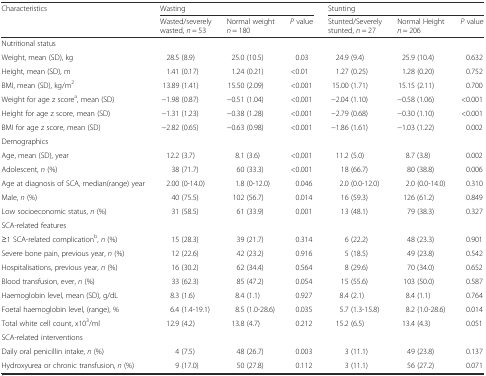
<table><thead><tr><td rowspan="2"><b>Characteristics</b></td><td colspan="3"><b>Wasting</b></td><td colspan="3"><b>Stunting</b></td></tr><tr><td><b>Wasted/severely wasted, <i>n</i> = 53</b></td><td><b>Normal weight <i>n</i> = 180</b></td><td><b><i>P</i> value</b></td><td><b>Stunted/Severely stunted, <i>n</i> = 27</b></td><td><b>Normal Height <i>n</i> = 206</b></td><td><b><i>P</i> value</b></td></tr></thead><tbody><tr><td>Nutritional status</td><td></td><td></td><td></td><td></td><td></td><td></td></tr><tr><td>Weight, mean (SD), kg</td><td>28.5 (8.9)</td><td>25.0 (10.5)</td><td>0.03</td><td>24.9 (9.4)</td><td>25.9 (10.4)</td><td>0.632</td></tr><tr><td>Height, mean (SD), m</td><td>1.41 (0.17)</td><td>1.24 (0.21)</td><td>&lt;0.01</td><td>1.27 (0.25)</td><td>1.28 (0.20)</td><td>0.752</td></tr><tr><td>BMI, mean (SD), kg/m<sup>2</sup></td><td>13.89 (1.41)</td><td>15.50 (2.09)</td><td>&lt;0.001</td><td>15.00 (1.71)</td><td>15.15 (2.11)</td><td>0.700</td></tr><tr><td>Weight for age z score<sup>a</sup>, mean (SD)</td><td>−1.98 (0.87)</td><td>−0.51 (1.04)</td><td>&lt;0.001</td><td>−2.04 (1.10)</td><td>−0.58 (1.06)</td><td>&lt;0.001</td></tr><tr><td>Height for age z score, mean (SD)</td><td>−1.31 (1.23)</td><td>−0.38 (1.28)</td><td>&lt;0.001</td><td>−2.79 (0.68)</td><td>−0.30 (1.10)</td><td>&lt;0.001</td></tr><tr><td>BMI for age z score, mean (SD)</td><td>−2.82 (0.65)</td><td>−0.63 (0.98)</td><td>&lt;0.001</td><td>−1.86 (1.61)</td><td>−1.03 (1.22)</td><td>0.002</td></tr><tr><td>Demographics</td><td></td><td></td><td></td><td></td><td></td><td></td></tr><tr><td>Age, mean (SD), year</td><td>12.2 (3.7)</td><td>8.1 (3.6)</td><td>&lt;0.001</td><td>11.2 (5.0)</td><td>8.7 (3.8)</td><td>0.002</td></tr><tr><td>Adolescent, <i>n</i> (%)</td><td>38 (71.7)</td><td>60 (33.3)</td><td>&lt;0.001</td><td>18 (66.7)</td><td>80 (38.8)</td><td>0.006</td></tr><tr><td>Age at diagnosis of SCA, median(range) year</td><td>2.00 (0-14.0)</td><td>1.8 (0-12.0)</td><td>0.046</td><td>2.0 (0.0-12.0)</td><td>2.0 (0.0-14.0)</td><td>0.310</td></tr><tr><td>Male, <i>n</i> (%)</td><td>40 (75.5)</td><td>102 (56.7)</td><td>0.014</td><td>16 (59.3)</td><td>126 (61.2)</td><td>0.849</td></tr><tr><td>Low socioeconomic status, <i>n</i> (%)</td><td>31 (58.5)</td><td>61 (33.9)</td><td>0.001</td><td>13 (48.1)</td><td>79 (38.3)</td><td>0.327</td></tr><tr><td>SCA-related features</td><td></td><td></td><td></td><td></td><td></td><td></td></tr><tr><td>≥1 SCA-related complication<sup>b</sup>, <i>n</i> (%)</td><td>15 (28.3)</td><td>39 (21.7)</td><td>0.314</td><td>6 (22.2)</td><td>48 (23.3)</td><td>0.901</td></tr><tr><td>Severe bone pain, previous year, <i>n</i> (%)</td><td>12 (22.6)</td><td>42 (23.2)</td><td>0.916</td><td>5 (18.5)</td><td>49 (23.8)</td><td>0.542</td></tr><tr><td>Hospitalisations, previous year, <i>n</i> (%)</td><td>16 (30.2)</td><td>62 (34.4)</td><td>0.564</td><td>8 (29.6)</td><td>70 (34.0)</td><td>0.652</td></tr><tr><td>Blood transfusion, ever, <i>n</i> (%)</td><td>33 (62.3)</td><td>85 (47.2)</td><td>0.054</td><td>15 (55.6)</td><td>103 (50.0)</td><td>0.587</td></tr><tr><td>Haemoglobin level, mean (SD), g/dL</td><td>8.3 (1.6)</td><td>8.4 (1.1)</td><td>0.927</td><td>8.4 (2.1)</td><td>8.4 (1.1)</td><td>0.764</td></tr><tr><td>Foetal haemoglobin level, (range), %</td><td>6.4 (1.4-19.1)</td><td>8.5 (1.0-28.6)</td><td>0.035</td><td>5.7 (1.3-15.8)</td><td>8.2 (1.0-28.6)</td><td>0.014</td></tr><tr><td>Total white cell count, x10<sup>3</sup>/ml</td><td>12.9 (4.2)</td><td>13.8 (4.7)</td><td>0.212</td><td>15.2 (6.5)</td><td>13.4 (4.3)</td><td>0.051</td></tr><tr><td>SCA-related interventions</td><td></td><td></td><td></td><td></td><td></td><td></td></tr><tr><td>Daily oral penicillin intake, <i>n</i> (%)</td><td>4 (7.5)</td><td>48 (26.7)</td><td>0.003</td><td>3 (11.1)</td><td>49 (23.8)</td><td>0.137</td></tr><tr><td>Hydroxyurea or chronic transfusion, <i>n</i> (%)</td><td>9 (17.0)</td><td>50 (27.8)</td><td>0.112</td><td>3 (11.1)</td><td>56 (27.2)</td><td>0.071</td></tr></tbody></table>